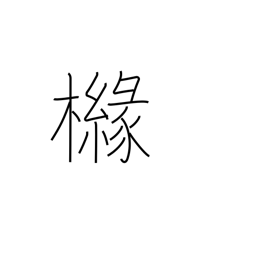
Meaning: kind of lemon tree